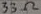
Text: 33Ω